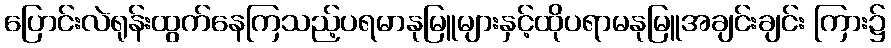
ပြောင်းလဲရုန်းထွက်နေကြသည့်ပရမာနုမြူများနှင့်ထိုပရာမနုမြူအချင်းချင်း ကြား၌